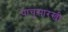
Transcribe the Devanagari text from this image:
पाचूसारखी